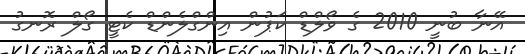
އޭނާ ބުނީ 2010 ގެ ވޯލްޑް ކަޕުން އިންގްލެންޑް ކެޓީ ގޯލް ރޮނގު